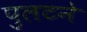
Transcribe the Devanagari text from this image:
पुलटने